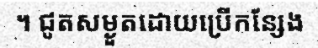
។ ជូតសម្ងួតដោយប្រើកន្សែង